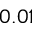
0 . 0 1